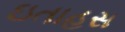
ઇતાહસ